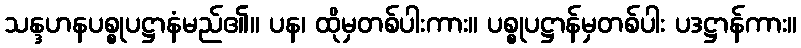
သန္ဒဟနပစ္စုပဋ္ဌာနံမည်၏။ ပန၊ ထိုမှတစ်ပါးကား။ ပစ္စုပဋ္ဌာန်မှတစ်ပါး ပဒဋ္ဌာန်ကား။